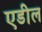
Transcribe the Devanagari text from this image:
एडील